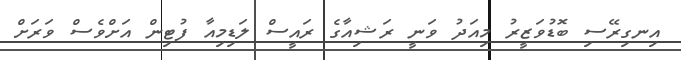
އިނގިރޭސި ބޮޑުވަޒީރު މިއަދު ވަނީ ރަޝިއާގެ ރައީސް ލަޑިމިއާ ފުޓިން އަށްވެސް ވަރަށް